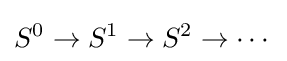
S^{0}\to S^{1}\to S^{2}\to \cdots